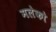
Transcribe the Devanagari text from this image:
मलेको